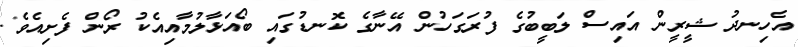
އެހިނދު ޝީރީން އައިސް ލަބީބުގެ ފުރަގަހުން އޭނާގެ ކޮނޑުގައި ބޯއަޅާލުމާއިއެކު ރޯން ފެށިއެވެ.